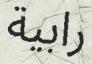
رابية